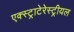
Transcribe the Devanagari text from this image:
एक्स्ट्राटेरेस्ट्रीयल